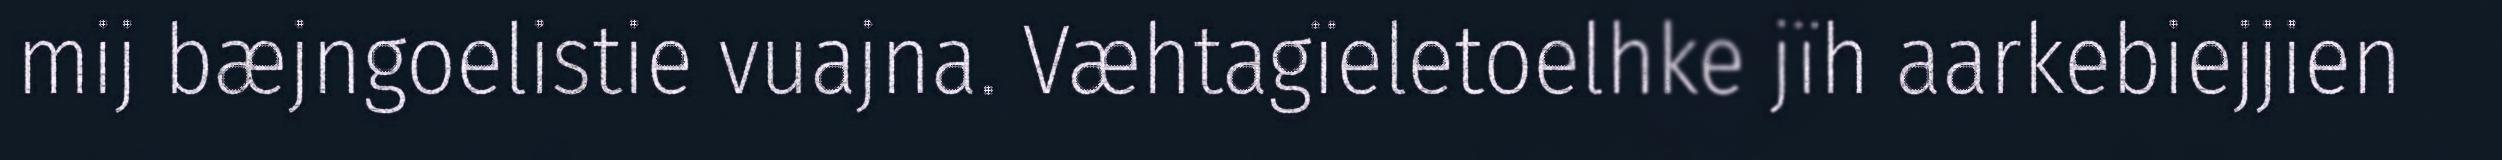
mij bæjngoelistie vuajna. Væhtagïeletoelhke jïh aarkebiejjien